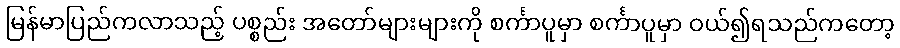
မြန်မာပြည်ကလာသည့် ပစ္စည်း အတော်များများကို စင်္ကာပူမှာ စင်္ကာပူမှာ ဝယ်၍ရသည်ကတော့